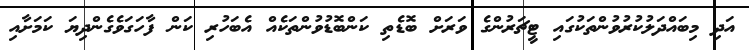
އަދި މިބައްދަލުކުރުވުންތަކުގައި ޓީޗަރުންގެ ވަރަށް ބޮޑެތި ކަންބޮޑުވުންތަކެއް އެބަހުރި ކަން ފާހަގަވެގެންދިޔަ ކަމަށާއި